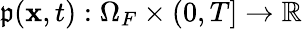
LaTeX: \mathfrak{p}(\mathbf{{x}},t):\Omega_{F}\times(0,T]\rightarrow\mathbb{{R}}